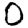
Digit: 0